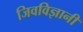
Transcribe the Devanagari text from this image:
जिवविज्ञानी